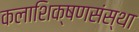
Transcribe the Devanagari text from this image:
कलाशिक्षणसंस्था